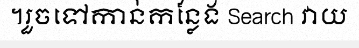
។រួចទៅកាន់កន្លែង Search វាយ